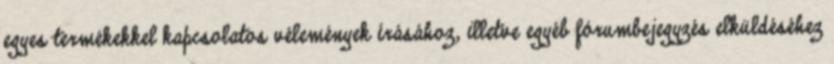
egyes termékekkel kapcsolatos vélemények írásához, illetve egyéb fórumbejegyzés elküldéséhez